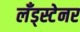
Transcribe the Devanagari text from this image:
लँड्स्टेनर